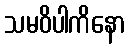
သမဝိပါကိနော